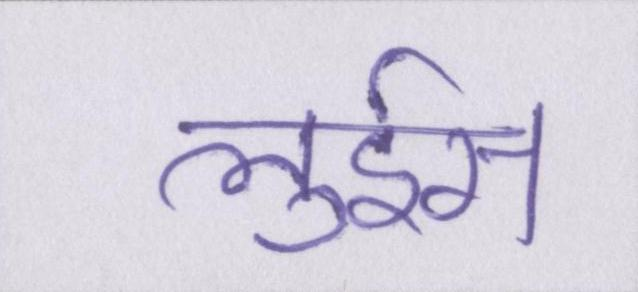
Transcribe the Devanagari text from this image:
लुईस